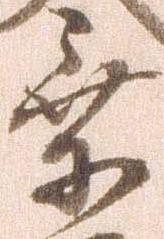
乗